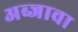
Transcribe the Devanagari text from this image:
अब्जावा